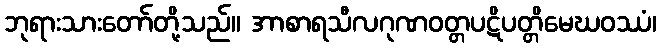
ဘုရားသားတော်တို့သည်။ အာစာရသီလဂုဏဝတ္တပဋိပတ္တိမေဃဝဿံ၊